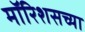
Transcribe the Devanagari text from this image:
मॉरिशसच्या